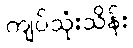
ကျပ်သုံးသိန်း